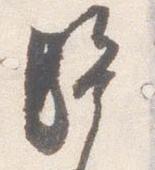
騎